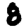
Digit: 8